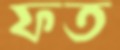
ফত